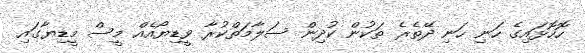
ހޮހޮޅައިގެ ހަނި ހަނި ދޭތެރެ ތަކުން ކުދިން ސަލާމަތްކުރާ ވީޑިޔޯއެއް މީސް މީޑިޔާގައި